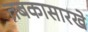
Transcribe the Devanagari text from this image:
तबकासारखे